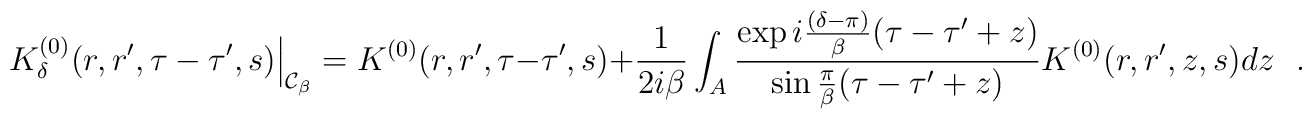
\left. K^{(0)}_{\delta}(r,r',\tau-\tau',s)\right|_{{\cal  C}_\beta}=K^{(0)}(r,r',\tau-\tau',s)+{1 \over 2i\beta}\int_{A}{\exp i{(\delta-\pi) \over \beta}(\tau-\tau'+z) \over  \sin{\pi \over \beta}(\tau-\tau'+z)}  K^{(0)}(r,r',z,s)dz~~~.